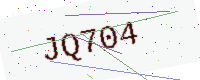
Text: JQ704